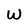
Character: W